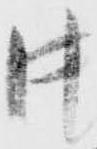
中